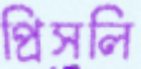
প্রিসলি